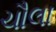
ચૌલા